Medical and sanitary report of the native army of Bengal for the year
Year: 1876
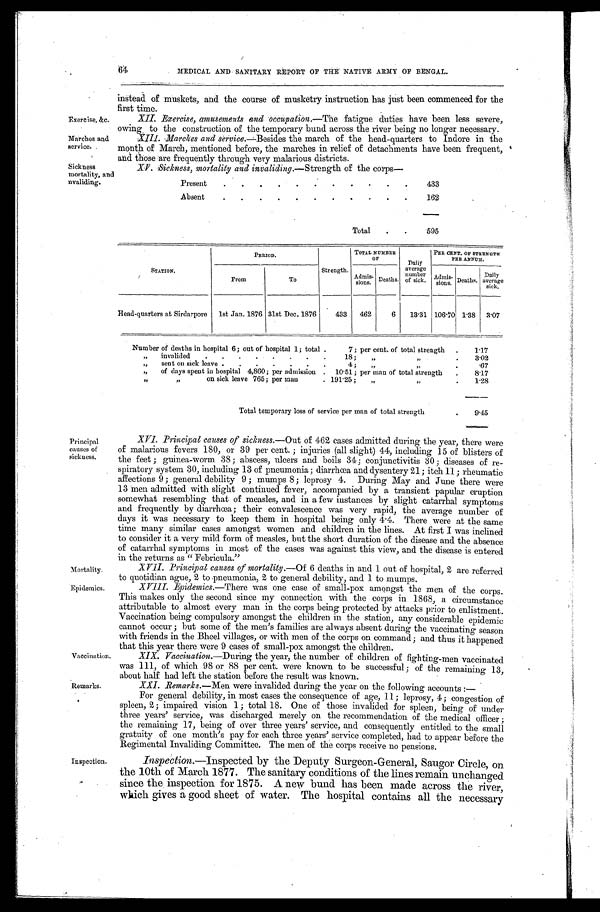
Exercise, &c.
Marches and
service.
Mortality.
Epidemics.
64
MEDICAL AND SANITARY REPORT OF THE NATIVE ARMY OF BENGAL.
instead of muskets, and the course of musketry instruction has just been commenced for the
first time.
XII. Exercise, amusements and occupation .—The fatigue duties have been less severe,
owing to the construction of the temporary bund across the river being no longer necessary.
XIII. Marches and service .—Besides the march of the head-quarters to Indore in the
month of March, Mentioned before, the marches in relief of detachments have been frequent,
and those are frequently through very malarious districts.
Sickness
mortality, and
invaliding.
XV. Sickness, mortality and invaliding .—Strength of the corps—
Present . . .
433
Absent . . .
162
Total . . .
595
Principal
causes of
sickness.
Remarks.
Vaccination.
STATION.
PERIOD.
strength.
TOTAL NUMBER
OF
Daily
average
number
of sick.
PER CENT. OF STRENGTH
PER ANNUM.
Admis-
sions. Deaths.
Admis-sions. Deaths.
Daily
average
sick.
From
To
Head-quarters at Sirdarpore
1st Jan. 1876 31st Dec. 1876
433
462
6
13.31 106.70 1.38
3.07
Number of deaths in hospital 6; out of hospital 1; total . . . 7; per cent. of total strength . . .
1.17
" invalided . . . 18; " " . . .
3.02
" sent on sick leave " 4; " " . . .
.67
" of days spent in hospital 4,860; per admission . . . 10.51; per man of total strength . . .
8.17
" " on sick leave 765; per man . . . 191.25; " " . . .
1.28
Total temporary loss of service per man of total strength . . .
9.45
XVI. Principal causes of sickness .—Out of 462 cases admitted during the year, there were
of malarious fevers 180, or 39 per cent.; injuries (all slight) 44, including 15 of blisters of
the feet; guinea-worm 38; abscess, ulcers and boils 34; conjunctivitis 30; diseases of re
- s p i r a t o r y s y s t e m 3 0 , i n c l u d i n g 1 3 o f p n e u m o n i a ; d i a r r h œ a a n d d y s e n t e r y 2 1 ; i t c h 1 1 ; r h e u m a t i c
affections 9; general debility 9; mumps 8; leprosy 4. During May and June there were
13 men admitted with slight continued fever, accompanied by a transient papular eruption
somewhat resembling that of measles, and in a few instances by slight catarrhal symptoms
and frequently by diarrhœa; their convalescence was very rapid, the average number of
days it was necessary to keep them in hospital being only 4.4. There were at the same
time many similar cases amongst women and children in the lines. At first I was inclined
to consider it a very mild form of measles, but the short duration of the disease and the absence
of catarrhal symptoms in most of the cases was against this view, and the disease is entered
i n t h e r e t u r n s a s " F e b r i c u l a . "
XVII. Principal causes of mortality .—Of 6 deaths in and 1 out of hospital, 2 are referred
to quotidian ague, 2 to pneumonia, 2 to general debility, and 1 to mumps.
XVIII. Epidemics .—There was one case of small-pox amongst the men of the corps.
This makes only the second since my connection with the corps in 1868, a circumstance
attributable to almost every man in the corps being protected by attacks prior to enlistment.
Vaccination being compulsory amongst the children in the station, any considerable epidemic
cannot occur; but some of the men's families are always absent during the vaccinating season
with friends in the Bheel villages, or with men of the corps on command; and thus it happened
that this year there were 9 cases of small-pox amongst the children.
Vaccination .—During the year, the number of children of fighting-men vaccinated
was 111, of which 98 or 88 per cent. were known to be successful; of the remaining 13,
about half had left the station before the result was known.
XXI. Remarks .—Men were invalided during the year on the following accounts:
—
For general debility, in most cases the consequence of age, 11; leprosy, 4; congestion of
spleen, 2; impaired vision 1; total 18. One of those invalided for spleen, being of under
three years' service, was discharged merely on the recommendation of the medical officer;
the remaining 17, being of over three years' service, and consequently entitled to the small
gratuity of one month's pay for each three years' service completed, had to appear before the
Regimental Invaliding Committee. The men of the corps receive no pensions.
Inspection.
Inspection .—Inspected by the Deputy Surgeon-General, Saugor Circle, on
the 10th of March 1877. The sanitary conditions of the lines remain unchanged
since the inspection for 1875. A new bund has been made across the river,
which gives a good sheet of water. The hospital contains all the necessary